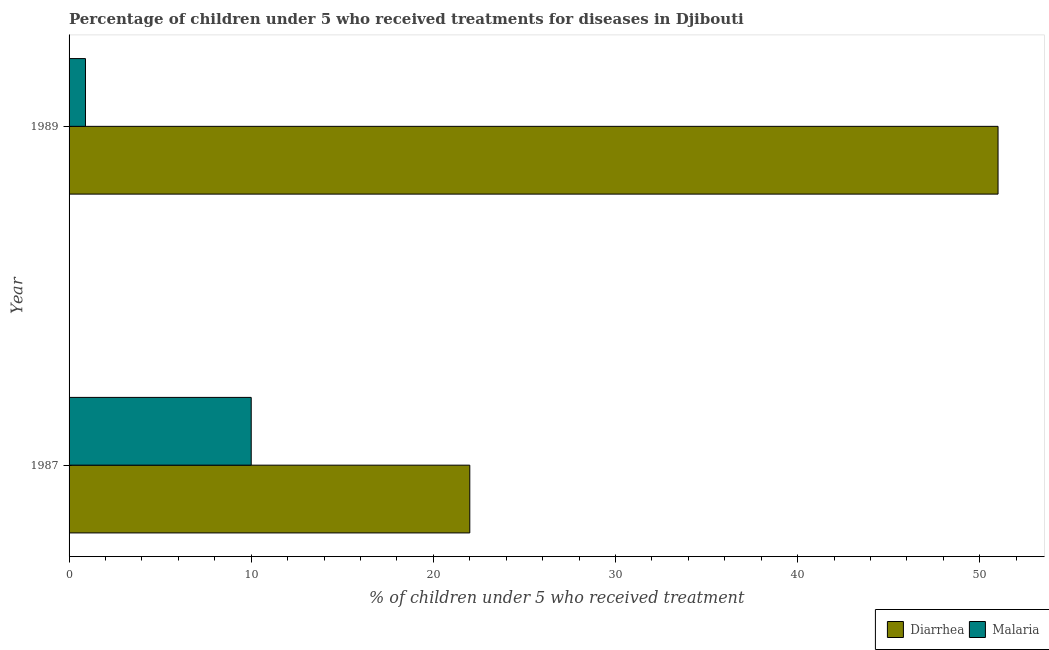
| Year | Diarrhea | Malaria |
 | --- | --- | --- |
 | 1987 | 22 | 10 |
 | 1989 | 51 | 0.9 |